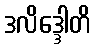
ဒလိဒ္ဒေါတိ